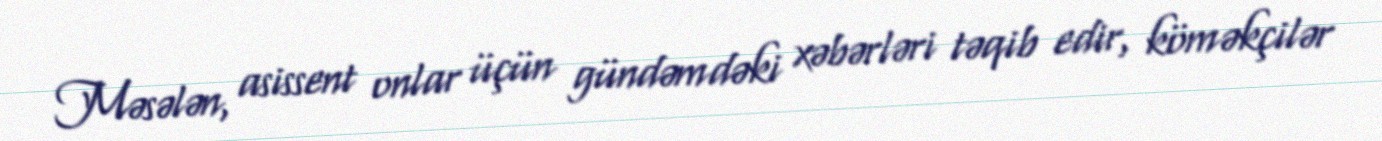
Məsələn, asissent onlar üçün gündəmdəki xəbərləri təqib edir, köməkçilər